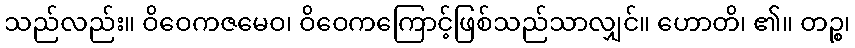
သည်လည်း။ ဝိဝေကဇမေဝ၊ ဝိဝေကကြောင့်ဖြစ်သည်သာလျှင်။ ဟောတိ၊ ၏။ တဉ္စ၊